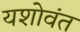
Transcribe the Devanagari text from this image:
यशोवंत